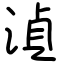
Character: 湞